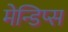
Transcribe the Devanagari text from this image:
मेन्डिप्स